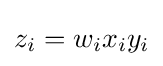
z_{i}=w_{i}x_{i}y_{i}